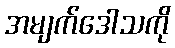
အမျက်ဒေါသကို